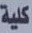
كلية